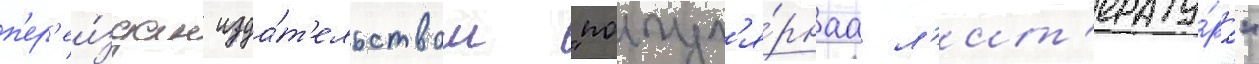
п'ер'еи́здан изда́т'ельством "попул'я́рнаа л'ит'ерату́ра"